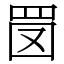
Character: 𦊔